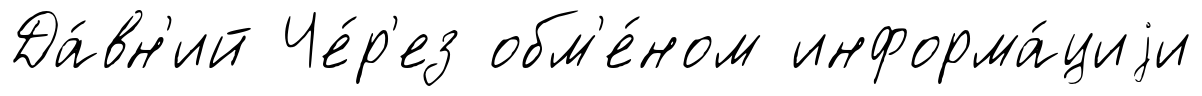
Да́вн'ий Че́р'ез обм'е́ном информа́циjи